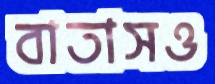
বাতাসও